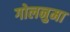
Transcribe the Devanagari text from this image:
गोलनुमा